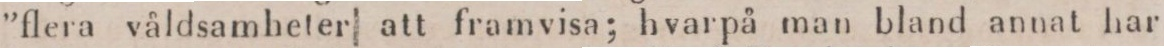
”flera våldsamheter att framvisa; hvarpå man bland annat har